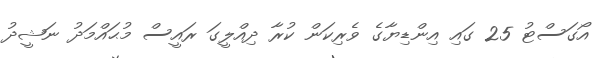
އޯގަސްޓު 25 ގައި އިންޑިޔާގެ ވެރިކަން ކުރާ ދިއްލީގަ ރައީސް މުޙައްމަދު ނަޝީދު